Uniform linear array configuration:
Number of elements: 4
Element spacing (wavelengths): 0.5
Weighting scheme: cosine
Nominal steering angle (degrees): -30
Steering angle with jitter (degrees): -30.317
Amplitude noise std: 0.05
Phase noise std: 0.05

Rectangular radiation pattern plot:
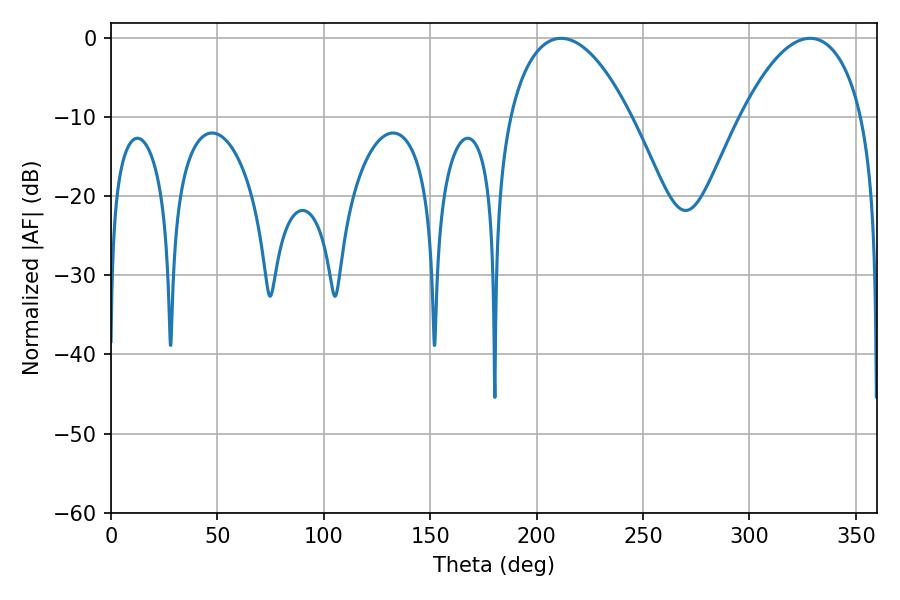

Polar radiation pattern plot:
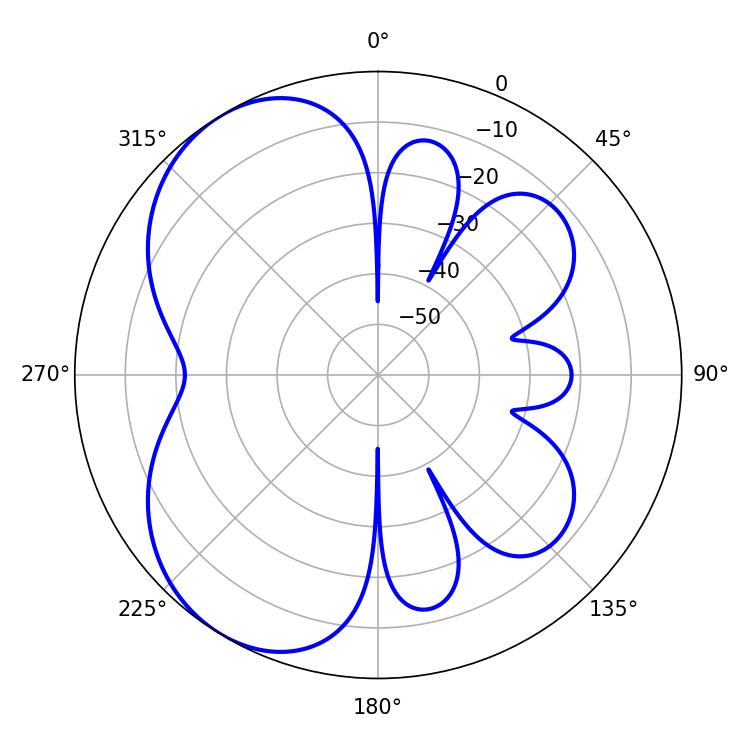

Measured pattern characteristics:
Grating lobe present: FALSE
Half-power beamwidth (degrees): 32.04
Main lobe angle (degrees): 211.5